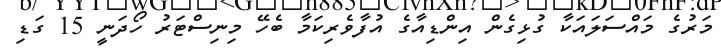
މަރުގެ މައްސަލައަކާ ގުޅިގެން އިންޑިއާގެ އުފާވެރިކަމާ ބެހޭ މިނިސްޓަރު ހޯދަނީ 15 ގަޑި